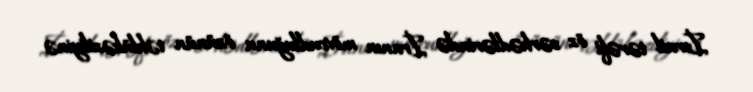
İsrail tərəfi öz sərhədlərində İranın mövcudluğunu özünün təhlükəziliyinə